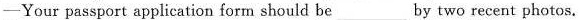
-Your passport application form should be\underline by two recent photos.